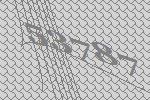
53787